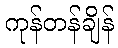
ကုန်တန်ချိန်